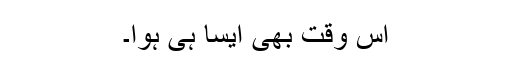
اس وقت بھی ایسا ہی ہوا۔